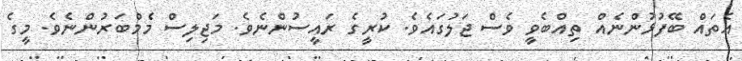
އެތައް ބޭފުޅުންނެއް ތިއްބެވީ ވެސް ޖަލުގައެވެ. ކުރީގެ ރައީސުންނެވެ. މަޖިލިސް މެމްބަރުންނެވެ. މީގެ